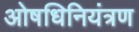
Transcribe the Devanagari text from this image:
ओषधिनियंत्रण